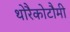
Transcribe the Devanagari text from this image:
थोरैकोटौमी